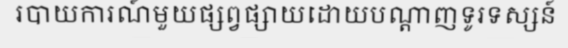
របាយការណ៍មួយផ្សព្វផ្សាយដោយបណ្តាញទូរទស្សន៍